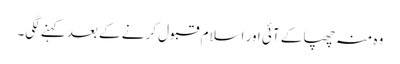
وہ منہ چھپا کے آئی اور اسلام قبول کرنے کے بعد کہنے لگی۔